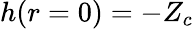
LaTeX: h(r=0)=-Z_{c}